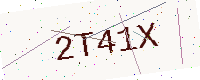
Text: 2T41X